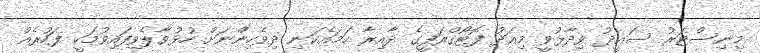
މިނިސްޓަރު ސައީދު ވިދާޅުވީ މިއަދު ފޮޓޯގްރަފީގެ ދާއިރާ ހަމައެކަނި ދިވެހިންނަށް ހުޅުވާލެވިފައިވުމަކީ ފަހުރެއް